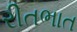
રીતભાત